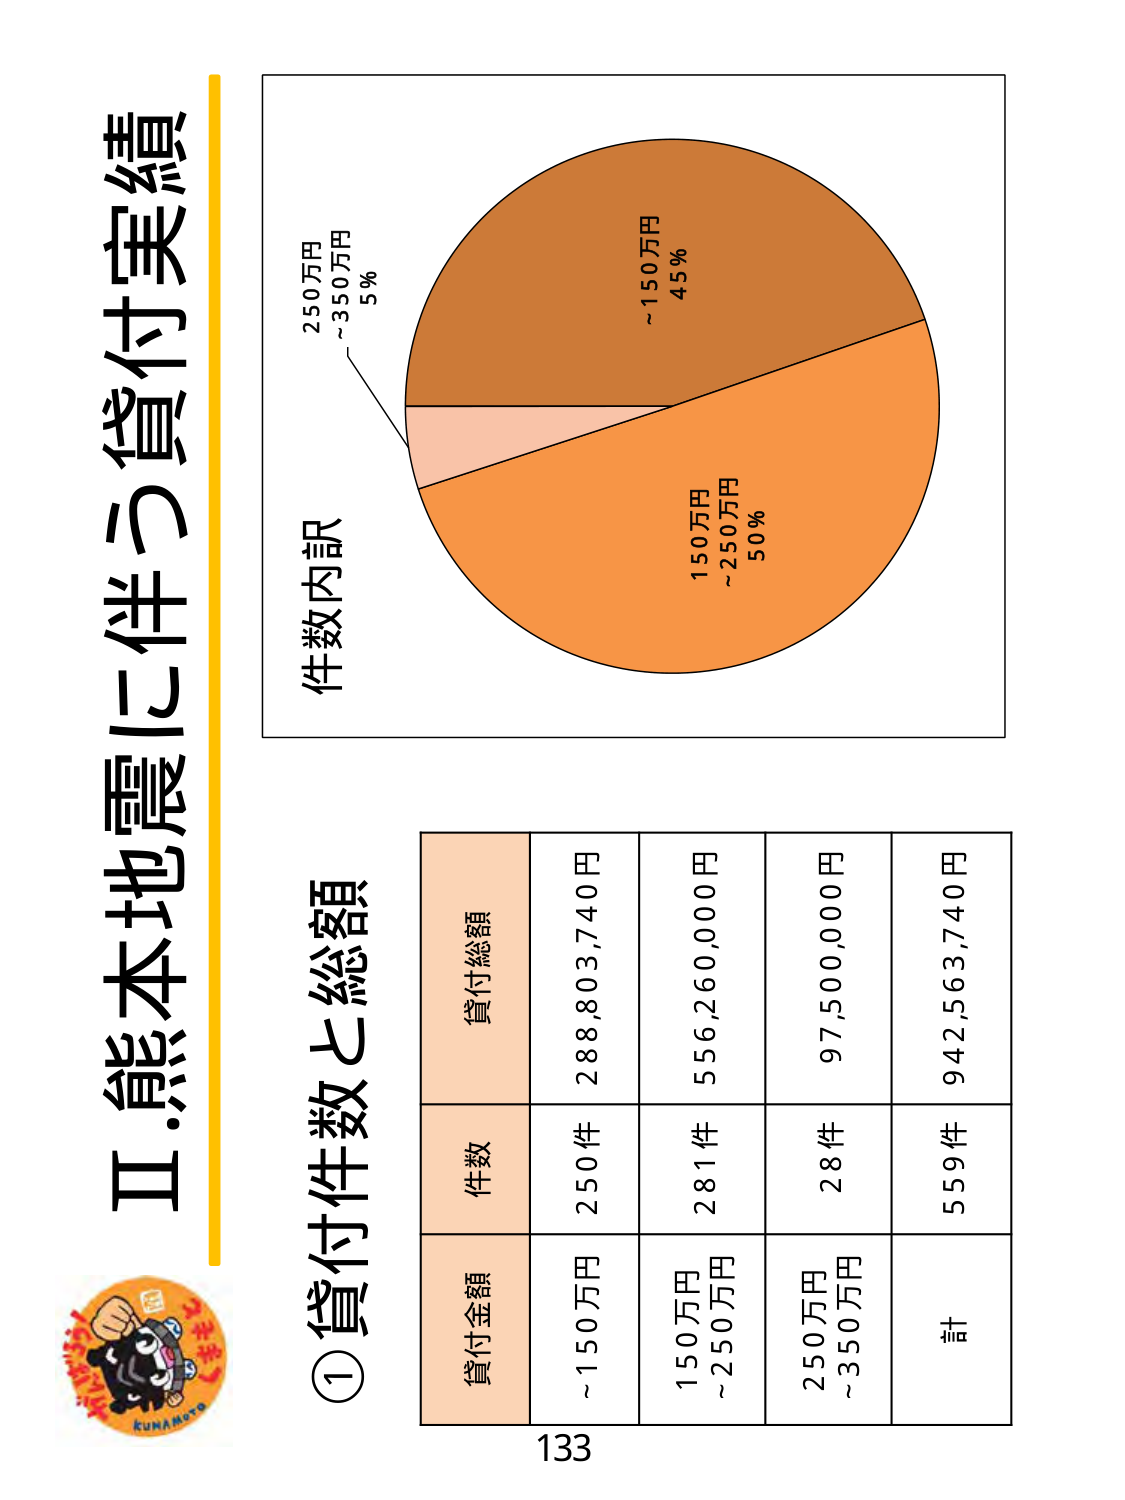
Ⅱ.熊本地震に伴う貸付実績

①貸付件数と総額

件数内訳
250万円
～350万円
5%

～150万円
45%

150万円
～250万円
50%

貸付金額　件数　貸付総額
～150万円　250件　288,803,740円
150万円
～250万円　281件　556,260,000円
250万円
～350万円　28件　97,500,000円
計　559件　942,563,740円

133

KUNAMOTO